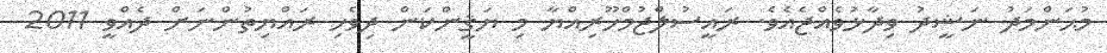
މުޙަންމަދު ނަޝީދު ވިދާޅުވެއްޖެއެވެ. ރައީސުލްޖުމްހޫރިއްޔާ މި ޔަޤީންކަން ދިވެހި ރައްޔިތުންނަށް ދެއްވީ 2011